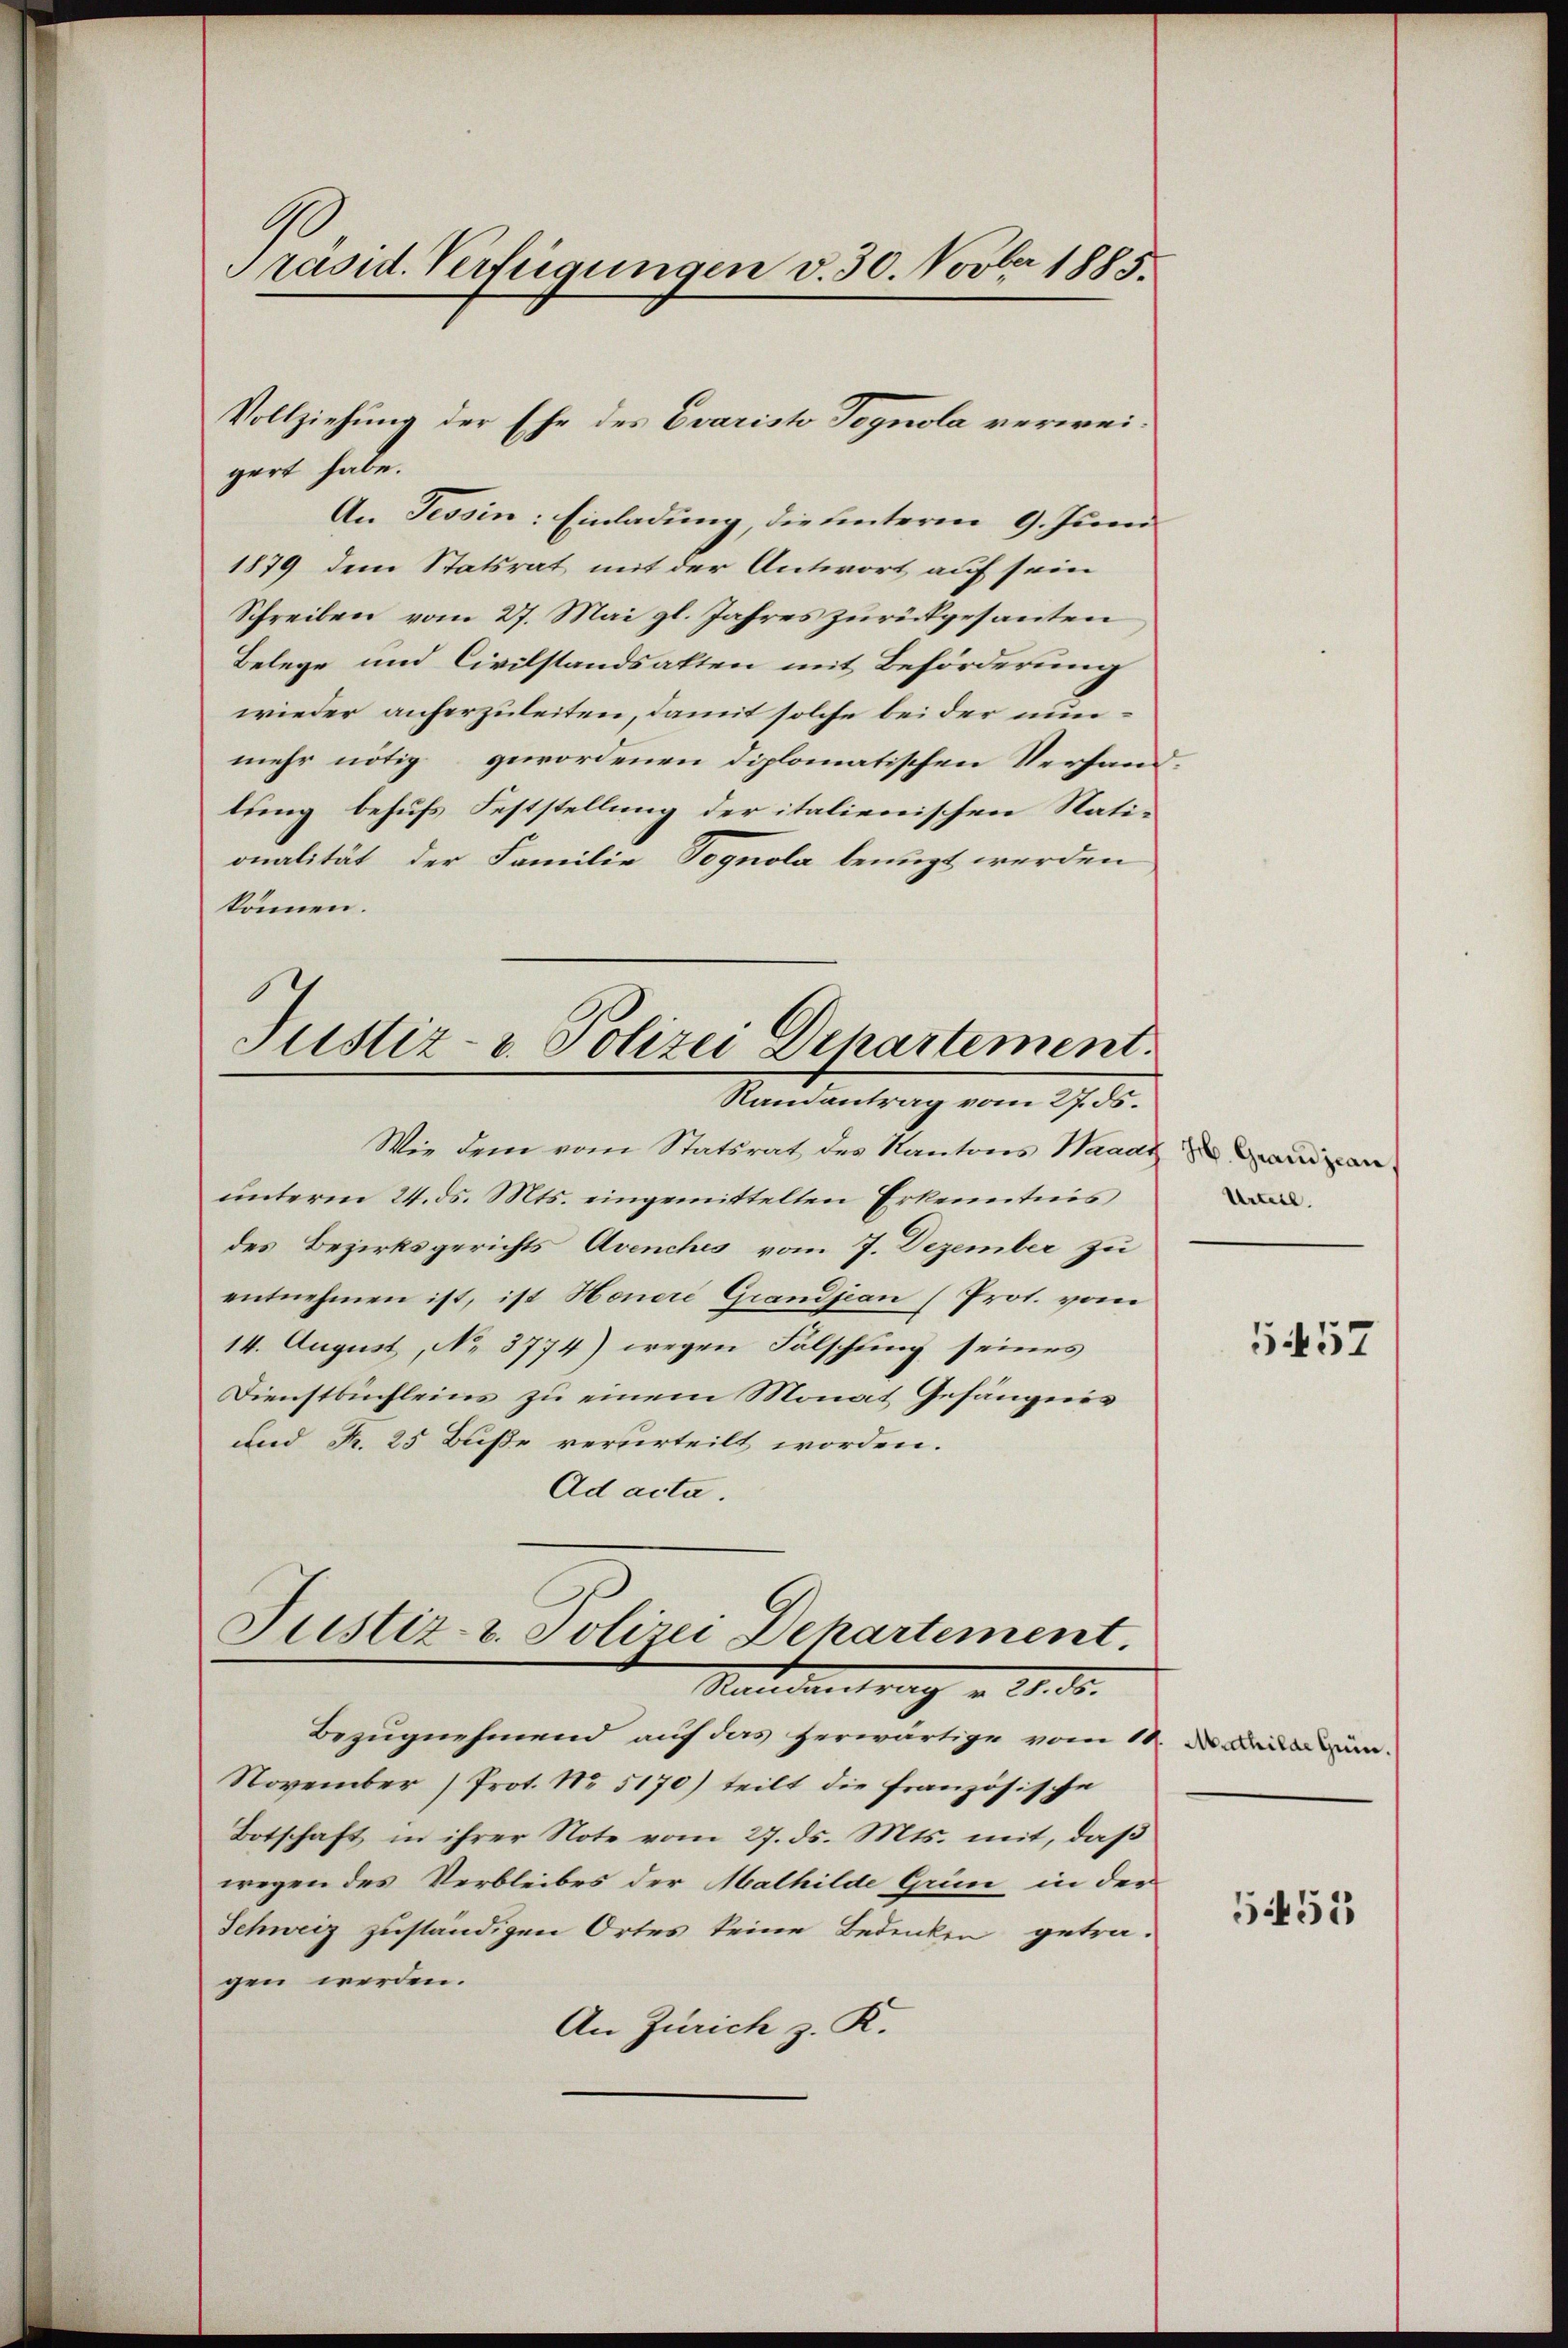
Präsid. Verfügungen d. 30. Novber 1885.

gart habe.
An Tessin: Einladung, die unterm 9. Juni
1879 dem Statsrat mit der Antwort auf sein
Schreiben vom 27. Mai gl. Jahres zurückgesanten
Belege und Civilstandsakten mit Beförderung
wieder anherzuleiten, damit solche bei der nunmehr nötig gewordenen Diplomatischen Verfand-
lung behufs Feststellung der italienischen Nationalität der Familie Tegnola benügt werden
können.
Justiz- & Polizei Departement.

Vollziehung der Ehe des Evaristo Pegnola verwei¬

Randantrag vom 27. ds.

Wie dem vom Statsrat des Kantons Waadt
unterm 24. ds. Mts. eingemittelten Erkenntnis
des Bezirksgerichts Avenches vom 7. Dezember zu
entnehmen ist, ist Honere Grandjean (Prot. vom
14. August, No. 3774) wegen Fälschung seines
Dienstbuchleins zu einem Monat Gefängnis
und Fr. 25 Buße verurteilt worden.
Ad acta.
Bezugnehmend auf das herwärtige vom 10
November Prot. No. 5170) teilt die französische
Botschaft in ihrer Note vom 27. ds. Mts. mit, daβ
wegen des Verbleibes der Mathilde Grün in der
Schweiz zuständigen Ortes keine Bedenken getragen werden.
An Zürich z. R.

Justiz- u. Polizei Dehartement.
Mandantrag u. 21. ds.

H. Grandjean
Urteil.

1452

Mathilar Grin.

5455